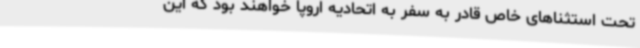
تحت استثناهای خاص قادر به سفر به اتحادیه اروپا خواهند بود که این